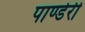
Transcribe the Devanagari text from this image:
पाण्डेरी